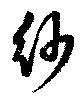
紗